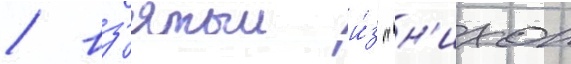
/ вз'ятыи и́з "н'ихон